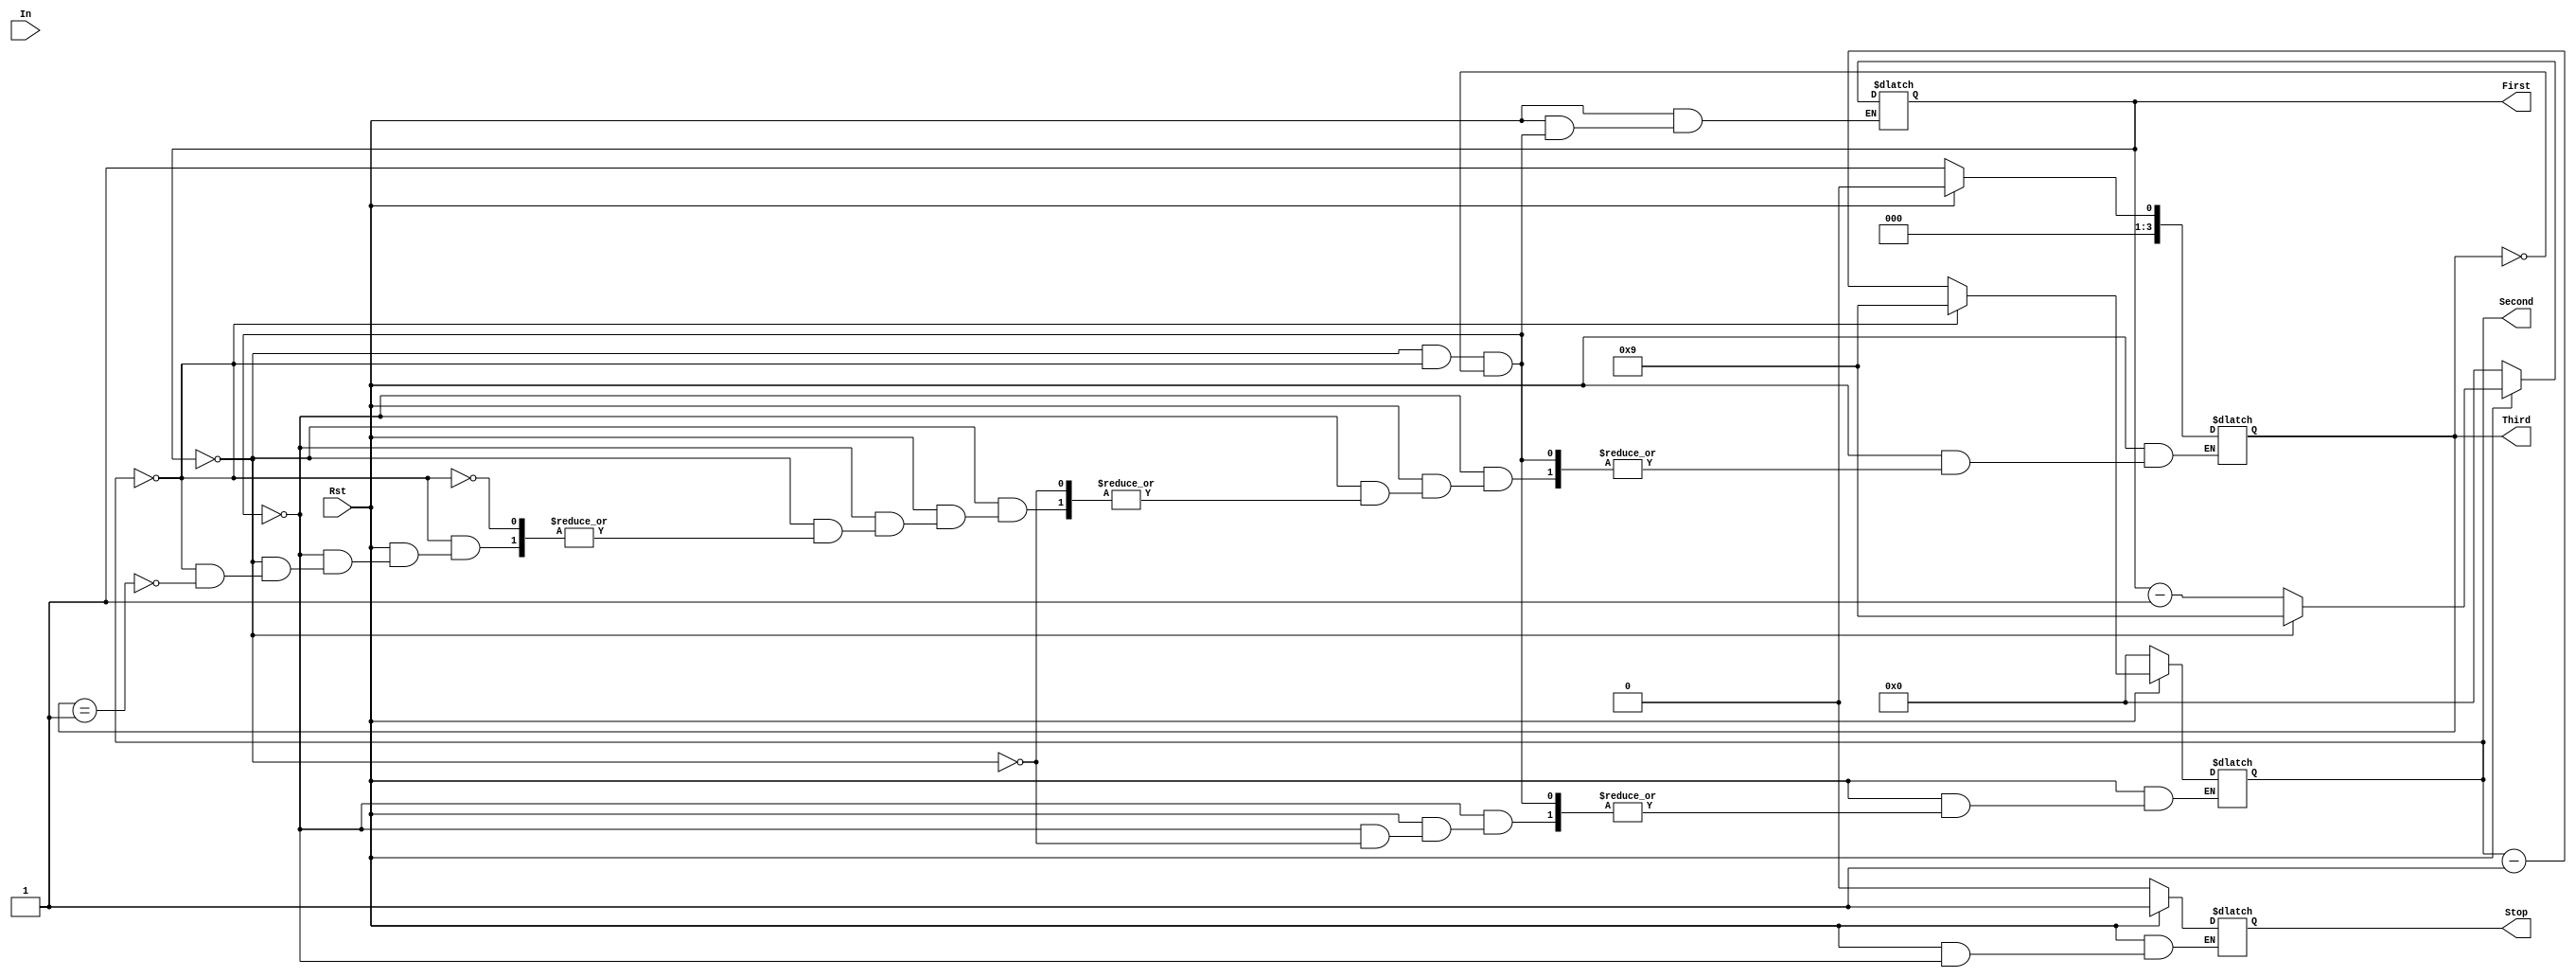
module GameTimernew(First,Second,Third,In,Rst,Stop);
input [10:0]In;
input Rst;
output [3:0]First,Second,Third;
reg [3:0] First,Second,Third;
output Stop;
reg Stop;
always @(In)
 begin
   if(Rst==0)
    begin
     First=4'b0000;
     Second=4'b0000;
     Third=4'b0001;
     Stop=0;
    end
   else
    begin
     if(First==4'b0000 && Second==4'b0000 && Third==4'b0000)
      begin
       Stop=1;
      end
     else
      begin
       if(First==4'b0000)
        begin
         First=4'b1001;
         if(Second==4'b0000)
          begin
           Second=4'b1001;
           if(Third==4'b0001)
             begin
              Third=4'b0000;
              Second=4'b1001;
              First=4'b1001;
             end
           end
         else
          begin
           Second=Second-4'b0001;
          end
        end
       else
        begin
         First=First-4'b0001;
        end
      end
    end
end
endmodule